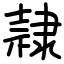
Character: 隷